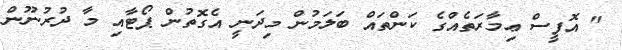
" އޮފީސް ޢިމާރަތެއްގެ ކަންތައް ބަލަމުން މިދަނީ އެގޮތުން ޕޯޓާއި މާ ދުރުނޫން